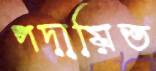
পদায়িত